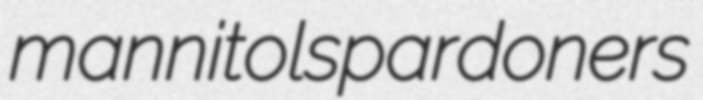
mannitols pardoners